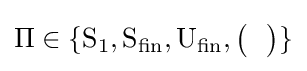
\Pi \in \{{\text{S}}_{1},{\text{S}}_{\text{fin}},{\text{U}}_{\text{fin}},{\bigl (}~~{\bigr )}\}